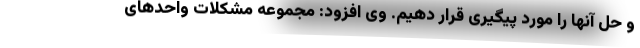
و حل آنها را مورد پیگیری قرار دهیم. وی افزود: مجموعه مشکلات واحدهای